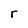
Character: r